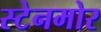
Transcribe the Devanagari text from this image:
स्टेनमोर